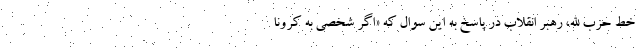
خط حزب الله، رهبر انقلاب در پاسخ به این سوال که «اگر شخصی به کرونا